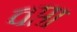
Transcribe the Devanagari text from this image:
वप्ता